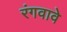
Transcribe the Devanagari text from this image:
रंगवावे